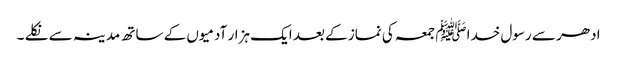
ادھر سے رسول خداﷺ جمعہ کی نماز کے بعد ایک ہزار آدمیوں کے ساتھ مدینہ سے نکلے ۔